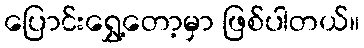
ပြောင်းရွှေ့တော့မှာ ဖြစ်ပါတယ်။